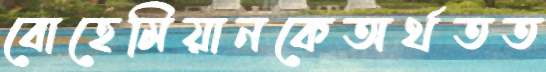
বোহেমিয়ানকেঅর্থতত